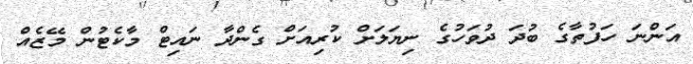
އަންނަ ހަފުތާގެ ބުދަ ދުވަހުގެ ނިޔަލަށް ކުރިއަށް ގެންދާ ނައިޓް މާކެޓުން މޭޒެއް